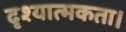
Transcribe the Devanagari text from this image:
दृश्यात्मकता।